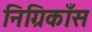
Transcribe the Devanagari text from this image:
निग्रिकाँस